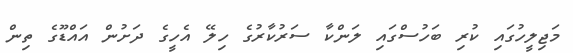
މަޖިލީހުގައި ކުރި ބަހުސްގައި ލަންކާ ސަރުކާރުގެ ހިލޭ އެހީގެ ދަށުން އައްޑޫގެ ތިން